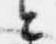
と